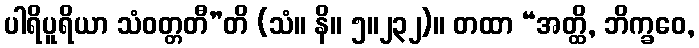
ပါရိပူရိယာ သံဝတ္တတီ”တိ (သံ။ နိ။ ၅။၂၃၂)။ တထာ “အတ္ထိ, ဘိက္ခဝေ,